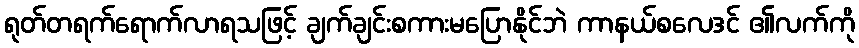
ရုတ်တရက်ရောက်လာရသဖြင့် ချက်ချင်းစကားမပြောနိုင်ဘဲ ကာနယ်စလေဒင် ၏လက်ကို